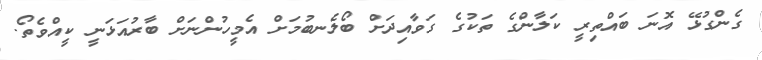
ގެންގުޅޭ އޮނަ ބައްތިރީ ކަލާންގެ ތަކުގެ ގަވާއިދަށް ބޯލެނބުމަށް އެމީހުންނަށް ބާރުއަޅަނީ ކީއްވެތޯ.